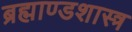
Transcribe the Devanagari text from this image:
ब्रह्माण्डशास्त्र